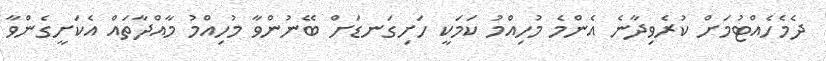
ދެމެހެއްޓުމަށް ކުރެވިދާނެ އެންމެ މުހިއްމު ކަމަކީ ހަށިގަނޑަށް ބޭނުންވާ މުހިއްމު މާއްދާތައް އެކަށީގެންވާ